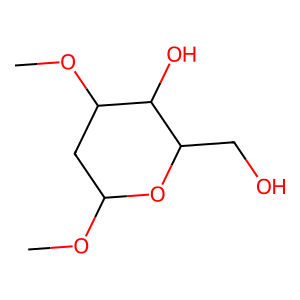
SMILES: COC1CC(OC)C(O)C(CO)O1
Inhibits HIV replication: No